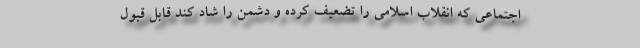
اجتماعی که انقلاب اسلامی را تضعیف کرده و دشمن را شاد کند قابل قبول